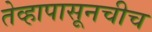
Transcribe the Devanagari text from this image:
तेव्हापासूनचीच